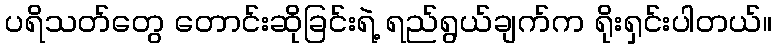
ပရိသတ်တွေ တောင်းဆိုခြင်းရဲ့ ရည်ရွယ်ချက်က ရိုးရှင်းပါတယ်။